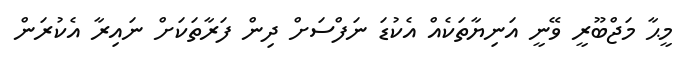
މީޙާ މަޖްބޫރީ ވޭނީ އަނިޔާތަކެއް އެކުޑަ ނަފްސަށް ދިން ފަރާތަކަށް ނައިރާ އެކުރަން